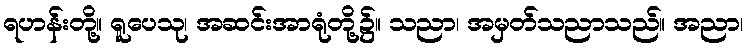
ရဟန်းတို့။ ရူပေသု၊ အဆင်းအာရုံတို့၌။ သညာ၊ အမှတ်သညာသည်။ အညာ၊